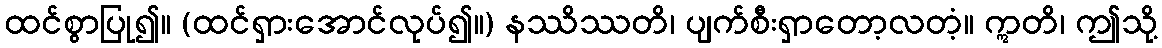
ထင်စွာပြု၍။ (ထင်ရှားအောင်လုပ်၍။) နဿိဿတိ၊ ပျက်စီးရှာတော့လတံ့။ ဣတိ၊ ဤသို့